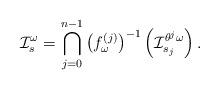
LaTeX: \begin{align*}\mathcal I ^\omega _s = \bigcap ^{n-1} _{j=0} \left(f^{(j)} _\omega \right)^{-1} \left(\mathcal I ^{\theta ^j \omega} _{s_j}\right) .\end{align*}